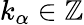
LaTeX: k_{\alpha}\in\mathbb{Z}